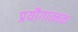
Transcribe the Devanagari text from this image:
प्रयौगात्मक